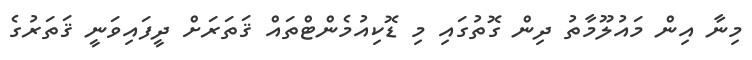
މިނާ އިން މައުލޫމާތު ދިން ގޮތުގައި މި ޑޮކިއުމެންޓްތައް ޤަތަރަށް ދީފައިވަނީ ޤަތަރުގެ